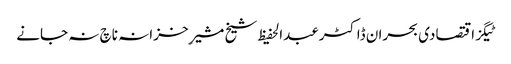
ٹیگزاقتصادی بحران ڈاکٹرعبدالحفیظ شیخ مشیرِ خزانہ ناچ نہ جانے